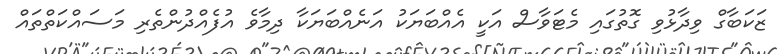
ޒަކަބާގް ވިދާޅުވި ގޮތުގައި މެޓަވާސް އަކީ އެއްބަޔަކު އަނެއްބަޔަކާ ދިމާވެ އުފެއްދުންތެރި މަސައްކަތްތައް